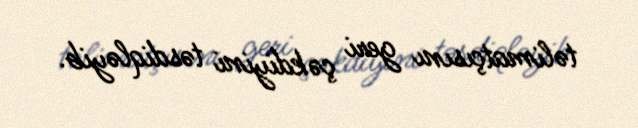
təlimatçısını geri çəkdiyini təsdiqləyib.